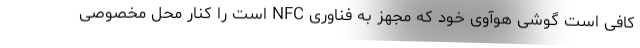
کافی است گوشی هوآوی خود که مجهز به فناوری NFC است را کنار محل مخصوصی